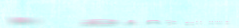
تخفيضات حقيقية على جميع ا